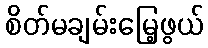
စိတ်မချမ်းမြေ့ဖွယ်